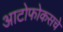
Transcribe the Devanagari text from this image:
आटोफोकसचे